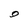
Character: 0